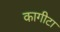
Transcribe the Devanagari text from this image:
कागीटा